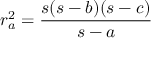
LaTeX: r _ { a } ^ { 2 } = { \frac { s ( s - b ) ( s - c ) } { s - a } }